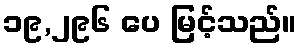
၁၉,၂၉၆ ပေ မြင့်သည်။